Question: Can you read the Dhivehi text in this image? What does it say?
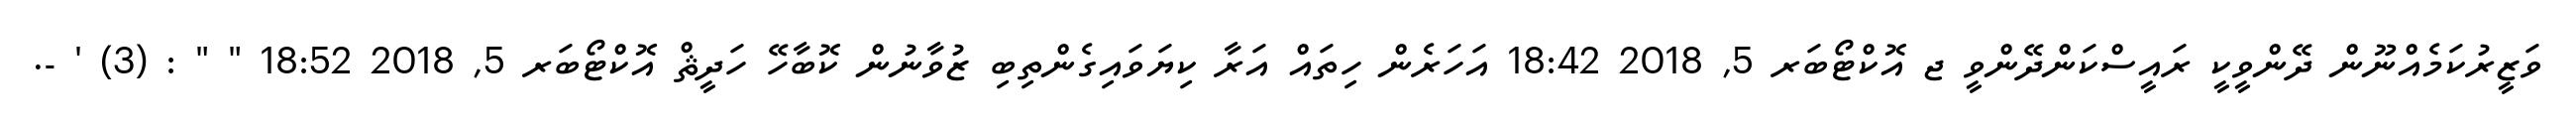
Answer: ވަޒީރުކަމެއްނޫން ދޭންވީކީ ރައީސްކަންދޭންވީ ޖ އޮކްޓޯބަރ 5, 2018 18:42 އަހަރެން ހިތައް އަރާ ކިޔަވައިގެންތިބި ޒުވާނުން ކޮބާހޭ ހަދީޘް އޮކްޓޯބަރ 5, 2018 18:52 " " : (3) ' -.